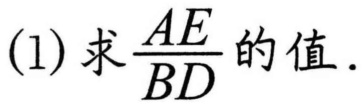
(1)求$\dfrac{AE}{BD}$的值.